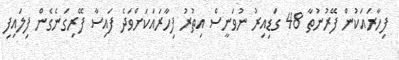
ފިހާރައަކުން ފޭރުނުތާ 48 ގަޑިއިރު ނުވަނީސް އިތުރު ފިހާރައަކަށްވަދެ ފައިސާ ފޭރިގަނެގެން ފިލައިފި